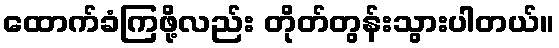
ထောက်ခံကြဖို့လည်း တိုတ်တွန်းသွားပါတယ်။